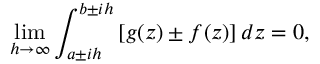
\operatorname * { l i m } _ { h \to \infty } \int _ { a \pm i h } ^ { b \pm i h } { \left[ g ( z ) \pm f ( z ) \right] d z } = 0 ,